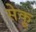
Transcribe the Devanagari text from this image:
सेकू